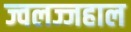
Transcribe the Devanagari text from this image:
ज्वलज्जहाल